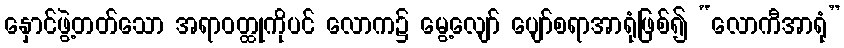
နှောင်ဖွဲ့တတ်သော အရာဝတ္ထုကိုပင် လောက၌ မွေ့လျော် ပျော်စရာအာရုံဖြစ်၍ “လောကီအာရုံ”